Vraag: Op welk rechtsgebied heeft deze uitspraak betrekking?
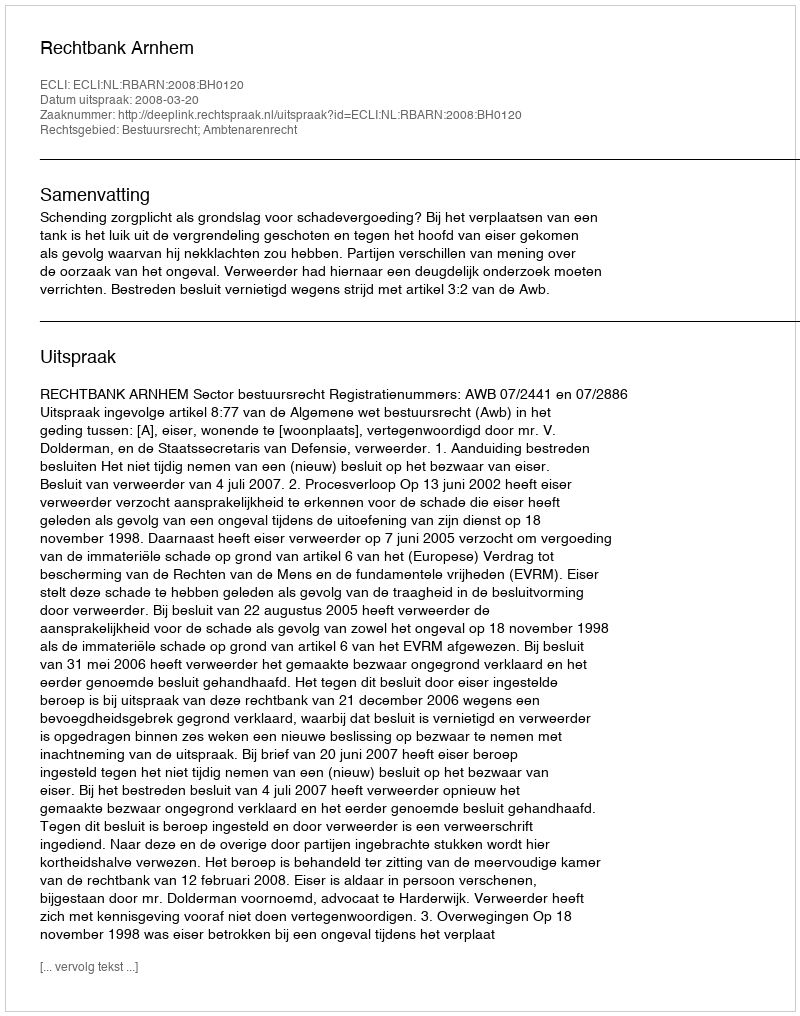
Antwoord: Bestuursrecht; Ambtenarenrecht